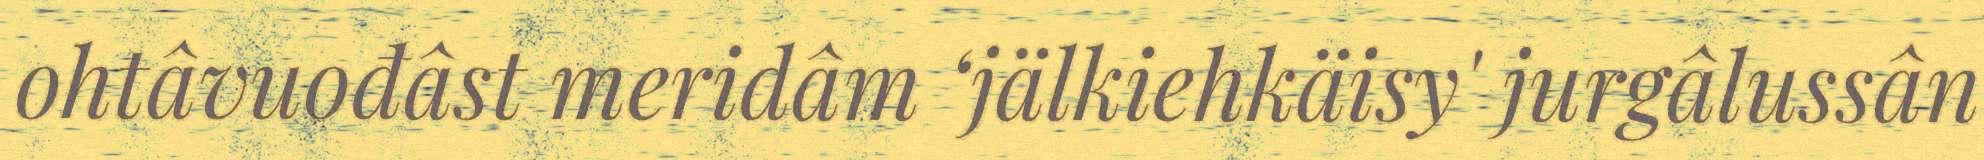
ohtâvuođâst meridâm ‘jälkiehkäisy' jurgâlussân